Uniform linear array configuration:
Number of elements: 4
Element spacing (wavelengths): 0.5
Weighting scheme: hann
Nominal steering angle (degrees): -45
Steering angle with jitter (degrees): -45.068
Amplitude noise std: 0.05
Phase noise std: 0.05

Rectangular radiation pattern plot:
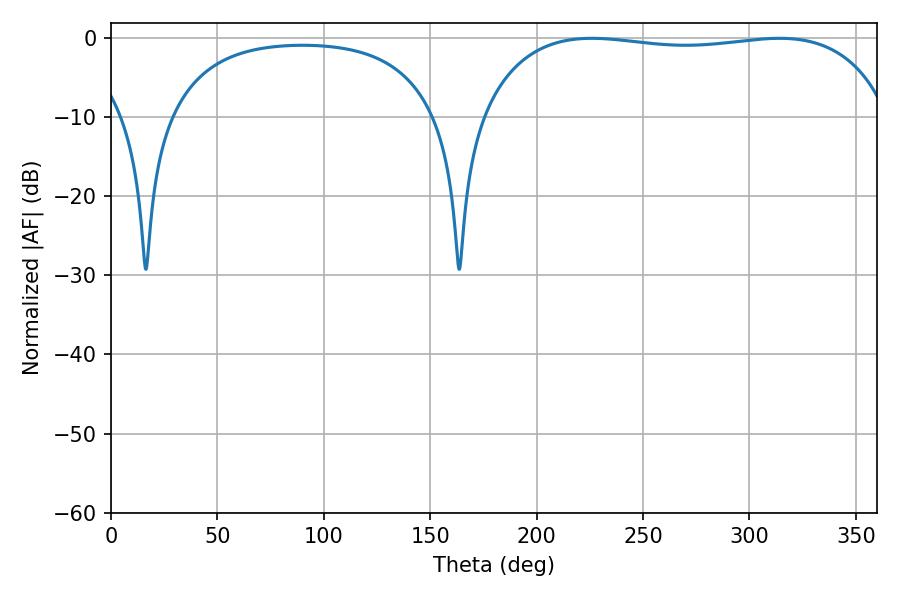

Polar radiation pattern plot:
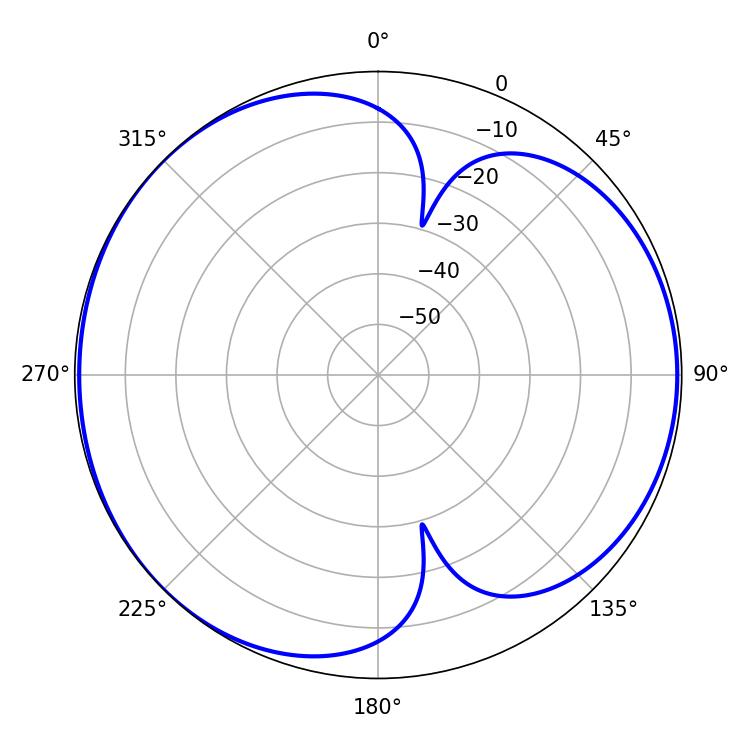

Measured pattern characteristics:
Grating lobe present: FALSE
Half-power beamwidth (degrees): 154.8
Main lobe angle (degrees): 225.9